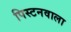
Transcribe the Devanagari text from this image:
पिस्टनवाला